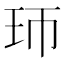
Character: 㺰